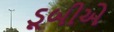
ડૂબીએ